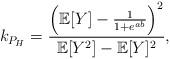
LaTeX: \begin{align*} k_{P_H} = \frac{\left( \mathbb{E}[Y]-\frac{1}{1+e^{ab}}\right)^2}{\mathbb{E}[Y^2]-\mathbb{E}[Y]^2},\end{align*}